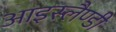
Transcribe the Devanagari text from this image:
आइस्लैण्डी